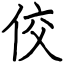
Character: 佼